Serum-therapy of plague in India - Number 20
Disease focus: Plague
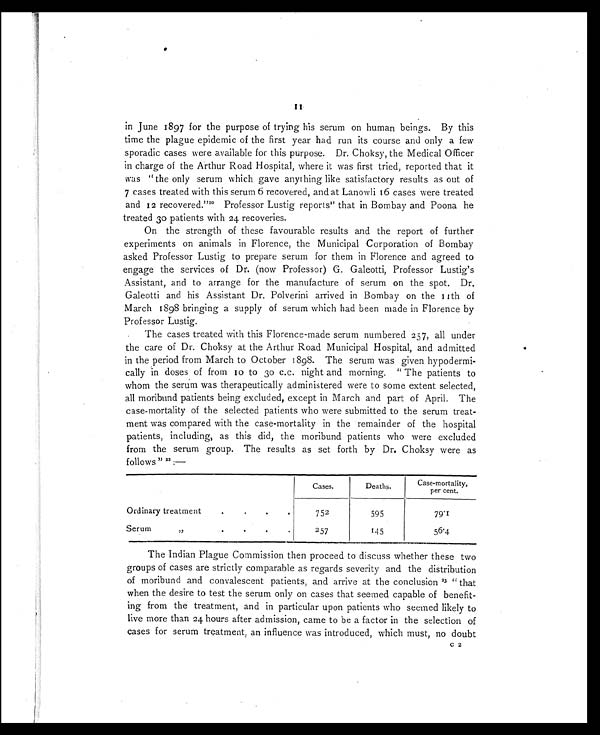
11
in June 1897 for the purpose of trying his serum on human beings. By this
time the plague epidemic of the first year had run its course and only a few
sporadic cases were available for this purpose. Dr. Choksy, the Medical Officer
in charge of the Arthur Road Hospital, where it was first tried, reported that it
was "the only serum which gave anything like satisfactory results as out of
7 cases treated with this serum 6 recovered, and at Lanowli 16 cases were treated
and 12 recovered."20 Professor Lustig reports 21 that in Bombay and Poona he
treated 30 patients with 24 recoveries.
On the strength of these favourable results and the report of further
experiments on animals in Florence, the Municipal Corporation of Bombay
asked Professor Lustig to prepare serum for them in Florence and agreed to
engage the services of Dr. (now Professor) G. Galeotti, Professor Lustig's
Assistant, and to arrange for the manufacture of serum on the spot. Dr.
Galeotti and his Assistant Dr. Polverini arrived in Bombay on the 11th of
March 1898 bringing a supply of serum which had been made in Florence by
Professor Lustig.
The cases treated with this Florence-made serum numbered 257, all under
the care of Dr. Choksy at the Arthur Road Municipal Hospital, and admitted
in the period from March to October 1898. The serum was given hypodermi-
cally in doses of from 10 to 30 c.c. night and morning. "The patients to
whom the serum was therapeutically administered were to some extent selected,
all moribund patients being excluded, except in March and part of April. The
case-mortality of the selected patients who were submitted to the serum treat-
ment was compared with the case-mortality in the remainder of the hospital
patients, including, as this did, the moribund patients who were excluded
from the serum group. The results as set forth by Dr. Choksy were as
follows" 22: -
Cases.
Deaths.
Case-mortality,
per cent.
Ordinary treatment.
.
752
595
79.1
Serum
.
.
.
257
145
56.4
The Indian Plague Commission then proceed to discuss whether these two
groups of cases are strictly comparable as regards severity and the distribution
of moribund and convalescent patients, and arrive at the conclusion 23 "that
when the desire to test the serum only on cases that seemed capable of benefit-
ing from the treatment, and in particular upon patients who seemed likely to
live more than 24 hours after admission, came to be a factor in the selection of
cases for serum treatment, an influence was introduced, which must, no doubt